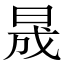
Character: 晟